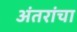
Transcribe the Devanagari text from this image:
अंतरांचा